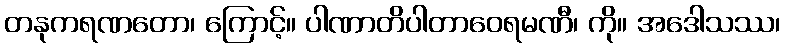
တနုကရဏတော၊ ကြောင့်။ ပါဏာတိပါတာဝေရမဏီ၊ ကို။ အဒေါသဿ၊